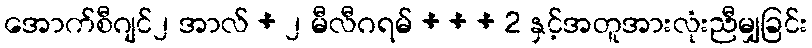
အောက်စီဂျင်၂ အာလ် + ၂ မီလီဂရမ် + + + 2 နှင့်အတူအားလုံးညီမျှခြင်း